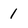
Character: 1